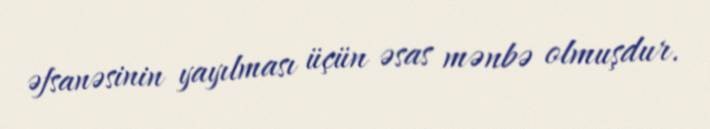
əfsanəsinin yayılması üçün əsas mənbə olmuşdur.